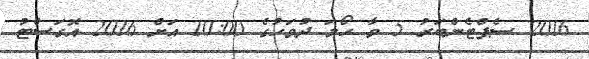
2016 ސެެޕްޓެންބަރު 5 ވާ ހޯމަ ދުވަހުގެ 10:00 އަށް 2016 އޮގަސްޓު